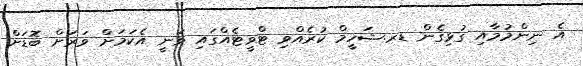
އެ ނިންމުމާއި ގުޅިގެން ޑރ.ޝަހީމް ކުރެއްވި ޓްވީޓެއްގައި ވަނީ އެކަމަށް ވަރަށް ބޮޑަށް